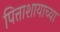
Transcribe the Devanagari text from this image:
पित्ताशायाच्या